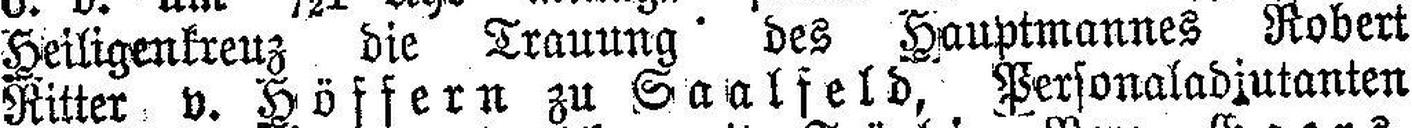
Heiligenkreuz die Trauung des Hauptmannes Robert